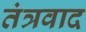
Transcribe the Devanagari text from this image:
तंत्रवाद